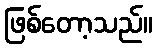
ဖြစ်တော့သည်။